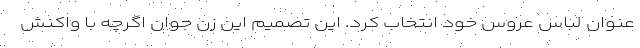
عنوان لباس عروس خود انتخاب کرد. این تصمیم این زن جوان اگرچه با واکنش